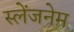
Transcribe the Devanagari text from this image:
स्लेंजनेम